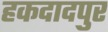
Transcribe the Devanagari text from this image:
हकदादपुर